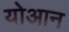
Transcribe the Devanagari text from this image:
योआन